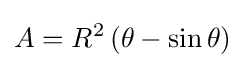
A=R^{2}\left(\theta -\sin \theta \right)